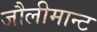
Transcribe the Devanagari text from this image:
जौलीमान्‍ट